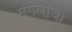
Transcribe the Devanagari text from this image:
मंगलांचा